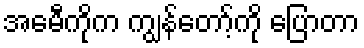
အေမီကိုက ကျွန်တော့်ကို ပြောတာ